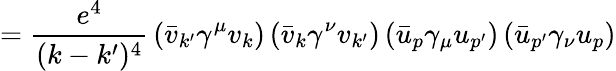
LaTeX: ={\frac{e^{4}}{(k-k^{\prime})^{4}}}\left({\bar{v}}_{k^{\prime}}\gamma^{\mu}v_{k}\right)\left({\bar{v}}_{k}\gamma^{\nu}v_{k^{\prime}}\right)\left({\bar{u}}_{p}\gamma_{\mu}u_{p^{\prime}}\right)\left({\bar{u}}_{p^{\prime}}\gamma_{\nu}u_{p}\right)